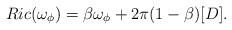
LaTeX: \begin{align*}Ric(\omega_\phi) = \beta \omega_\phi + 2\pi (1-\beta)[D].\end{align*}